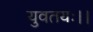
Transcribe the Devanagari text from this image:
युवतयः।।